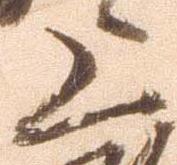
上